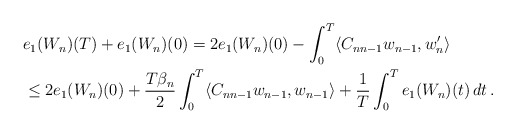
\begin{align*}&e_1(W_n)(T) + e_1(W_n)(0)=2 e_1(W_n)(0) - \int_0^T \langle C_{n n-1} w_{n-1}, w_n^{\prime}\rangle\\& \le 2 e_1(W_n)(0) +\frac{T\beta_n}{2} \int_0^T \langle C_{n n-1} w_{n-1}, w_{n-1} \rangle +\frac{1}{T}\int_0^T e_1(W_n) (t)\,dt \,.\end{align*}